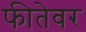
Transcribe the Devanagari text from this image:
फीतेवर